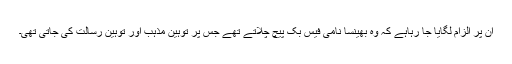
ان پر الزام لگایا جا رہاہے کہ وہ بھینسا نامی فیس بک پیچ چلاتے تھے جس پر توہین مذہب اور توہین رسالت کی جاتی تھی۔